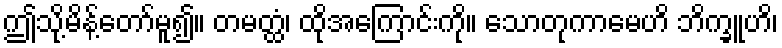
ဤသို့မိန့်တော်မူ၍။ တမတ္ထံ၊ ထိုအကြောင်းကို။ သောတုကာမေဟိ ဘိက္ခူဟိ၊